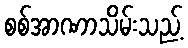
စစ်အာဏာသိမ်းသည့်